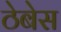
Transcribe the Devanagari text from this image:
ठेबेस